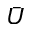
\bar { U }